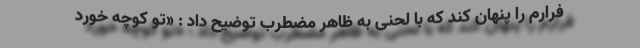
فرارم را پنهان کند که با لحنی به ظاهر مضطرب توضیح داد : «تو کوچه خورد